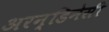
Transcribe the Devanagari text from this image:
अरन्डिनेसी